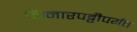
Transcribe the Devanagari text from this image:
किनारपट्टीपर्यंत